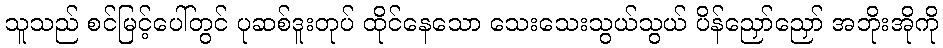
သူသည် စင်မြင့်ပေါ်တွင် ပုဆစ်ဒူးတုပ် ထိုင်နေသော သေးသေးသွယ်သွယ် ပိန်ညှော်ညှော် အဘိုးအိုကို